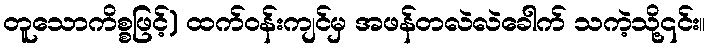
တူသောကိစ္စဖြင့်) ထက်ဝန်းကျင်မှ အဖန်တလဲလဲခေါက် သကဲ့သို့၎င်း။